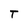
Character: T